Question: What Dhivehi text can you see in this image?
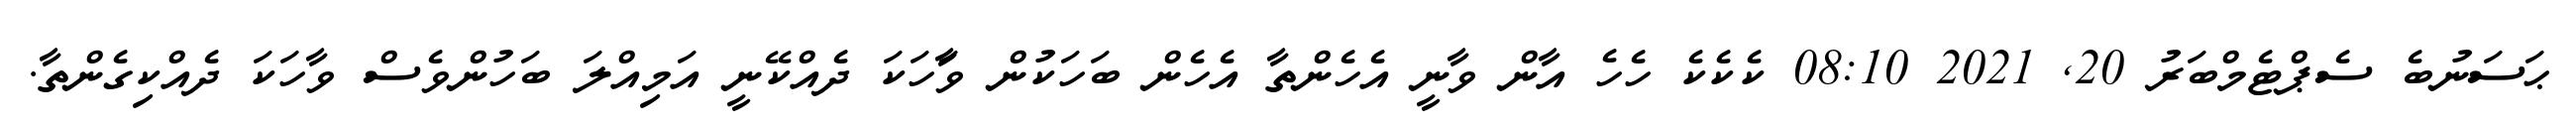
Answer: ޙަސަނުބެ ސެޕްޓެމްބަރު 20, 2021 08:10 ކެކެކެ ހެހެ އާން ވާނީ އެހެންތާ އެހެން ބަހަކުން ވަާހަކަ ދެއްކޭނީ އަމިއްލަ ބަހުންވެސް ވާހަކަ ދެއްކިގެންތާ.